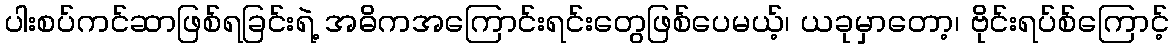
ပါးစပ်ကင်ဆာဖြစ်ရခြင်းရဲ့ အဓိကအကြောင်းရင်းတွေဖြစ်ပေမယ့်၊ ယခုမှာတော့၊ ဗိုင်းရပ်စ်ကြောင့်